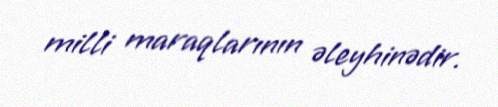
milli maraqlarının əleyhinədir.